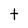
Character: t